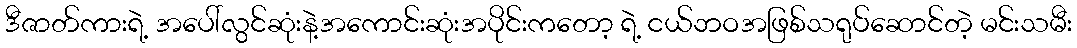
ဒီဇာတ်ကားရဲ့ အပေါ်လွင်ဆုံးနဲ့အကောင်းဆုံးအပိုင်းကတော့ ရဲ့ ငယ်ဘဝအဖြစ်သရုပ်ဆောင်တဲ့ မင်းသမီး